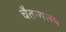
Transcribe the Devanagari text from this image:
चैतन्यरूप